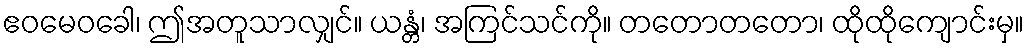
ဧဝမေဝခေါ၊ ဤအတူသာလျှင်။ ယန္တံ၊ အကြင်သင်ကို။ တတောတတော၊ ထိုထိုကျောင်းမှ။